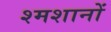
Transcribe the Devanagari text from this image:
श्मशानों